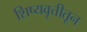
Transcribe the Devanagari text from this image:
शिष्यवृत्तीतून